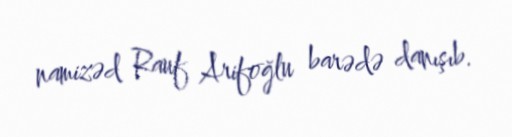
namizəd Rauf Arifoğlu barədə danışıb.